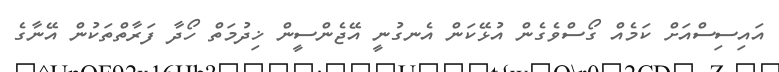
އައިސިސްއަށް ކަމެއް ގޯސްވެގެން އުޅޭކަން އެނގުނީ އޭޖެންސީން ޚިދުމަތް ހޯދާ ފަރާތްތަކުން އޭނާގެ